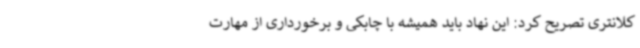
کلانتری تصریح کرد: این نهاد باید همیشه با چابکی و برخورداری از مهارت